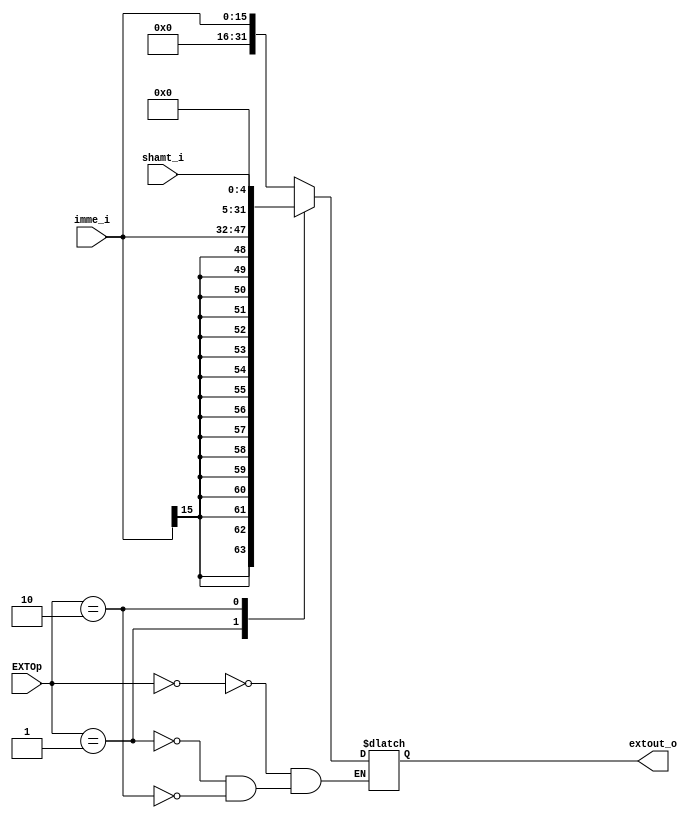
module ext(shamt_i,imme_i,EXTOp,extout_o);
  input [15:0] imme_i;
  input [1:0] EXTOp;
  input [4:0] shamt_i;
  
  output reg [31:0] extout_o;
  
  always@(shamt_i or imme_i or EXTOp)
  begin
    case(EXTOp)
      0:
      extout_o={16'b0,imme_i[15:0]};  
      // extend unsigned ,for {lb lbu lh lhu sb sh} {addiu andi ori xori} {sll sra srl} {lui} {sltiu}
      1:
      extout_o={{16{imme_i[15]}},imme_i[15:0]}; 
      //extend signed , for {lw sw} {addi} {slti} {branch} 
      2:
      extout_o={27'b0,shamt_i[4:0]}; 
      //extend rs's low 5bits unsigned
    endcase
  end
  
endmodule